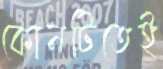
কোনটিতেই